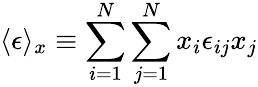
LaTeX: \langle\epsilon\rangle_{x}\equiv\sum_{i=1}^{N}\sum_{j=1}^{N}x_{i}\epsilon_{ij}x_{j}